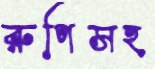
রুপিসহ